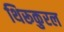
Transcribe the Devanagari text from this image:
थिरूकुरल